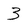
Character: 3